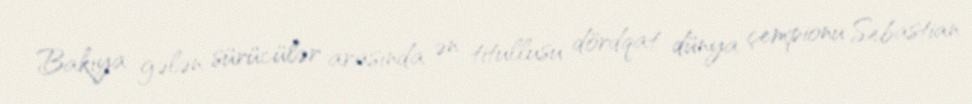
Bakıya gələn sürücülər arasında ən titullusu dördqat dünya çempionu Sebastian